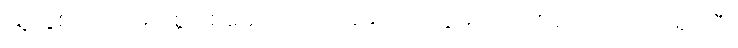
သူ နှစ်ပေါင်းများစွာ စုဆောင်းလာခဲ့သော ငွေမှာ သိန်း ၃၀၀ ကျော် ရှိခဲ့ပြီ။